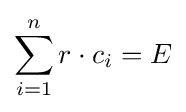
\sum _{i=1}^{n}r\cdot c_{i}=E